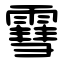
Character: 䨮